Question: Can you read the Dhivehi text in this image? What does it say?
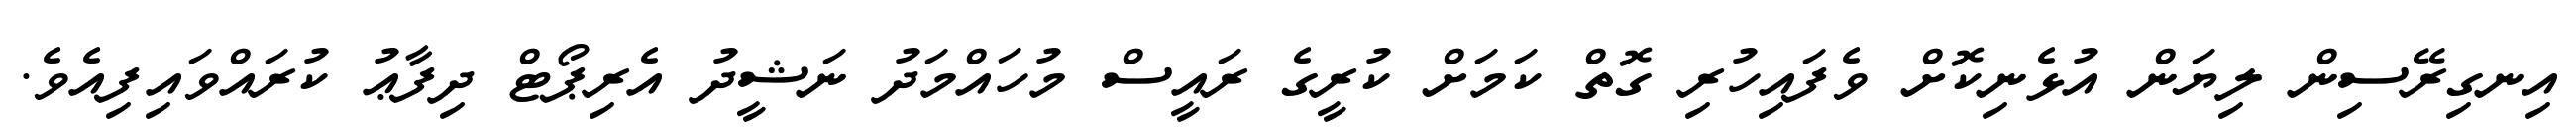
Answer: އިނގިރޭސިން ލިޔަން އުޅެނިކޮށް ވެފައިހުރި ގޮތް ކަމަށް ކުރީގެ ރައީސް މުހައްމަދު ނަޝީދު އެރިޕޯޓް ދިފާޢު ކުރައްވައިފިއެވެ.